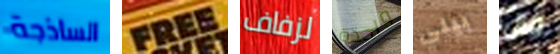
الساذجة FREE لزفاف واحدة بيلي فال